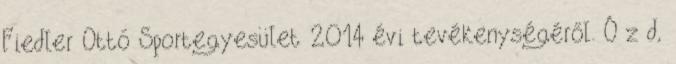
Fiedler Ottó Sportegyesület 2014 évi tevékenységéről. Ó z d,